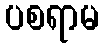
ပစရာမ